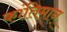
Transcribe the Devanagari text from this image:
कांतिमान्‌